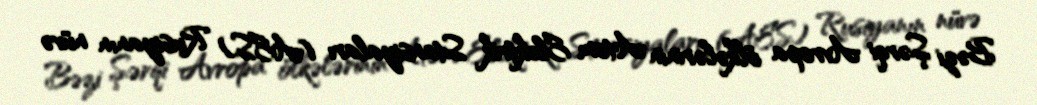
Bəzi Şərqi Avropa ölkələrinin Atom Elektrik Stansiyaları (AES) Rusiyanın nüvə